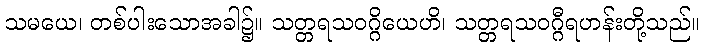
သမယေ၊ တစ်ပါးသောအခါ၌။ သတ္တရသဝဂ္ဂိယေဟိ၊ သတ္တရသဝဂ္ဂီရဟန်းတို့သည်။